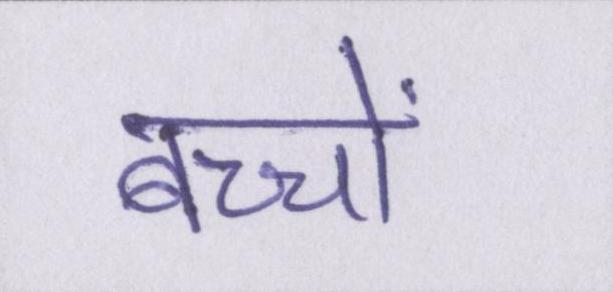
बच्चों